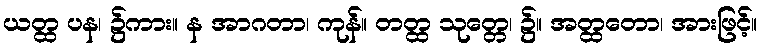
ယတ္ထ ပန၊ ၌ကား။ န အာဂတာ၊ ကုန်။ တတ္ထ သုတ္တေ၊ ၌။ အတ္ထတော၊ အားဖြင့်။